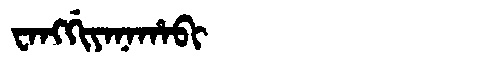
Manchu: ᠸᠠᠩᡤᡳᠶᠠᠨᠠᡥᠠᠪᡳ
Romanization: WANGGIYANAHABI